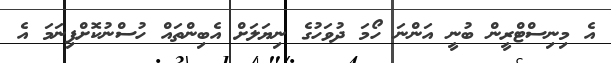
އެ މިނިސްޓްރީން ބުނީ އަންނަ ހޯމަ ދުވަހުގެ ނިޔަލަށް އެބިންތައް ހުސްނުކޮށްފިނަމަ އެ